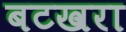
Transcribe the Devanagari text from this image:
बटखरा